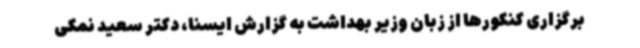
برگزاری کنکورها از زبان وزیر بهداشت به گزارش ایسنا، دکتر سعید نمکی